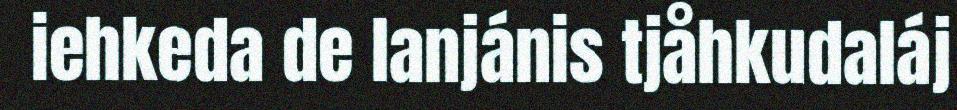
iehkeda de lanjánis tjåhkudaláj